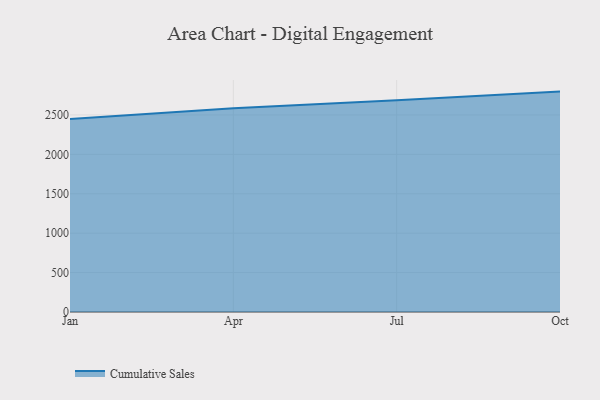
{"axis": {"x": "Month", "y": "Customer Acquisition Cost (USD)"}, "legend": ["Cumulative Sales"], "data": [{"x": "Jan", "y": 2447.2, "type": "Cumulative Sales"}, {"x": "Apr", "y": 2585.9, "type": "Cumulative Sales"}, {"x": "Jul", "y": 2687.6, "type": "Cumulative Sales"}, {"x": "Oct", "y": 2796.3, "type": "Cumulative Sales"}]}